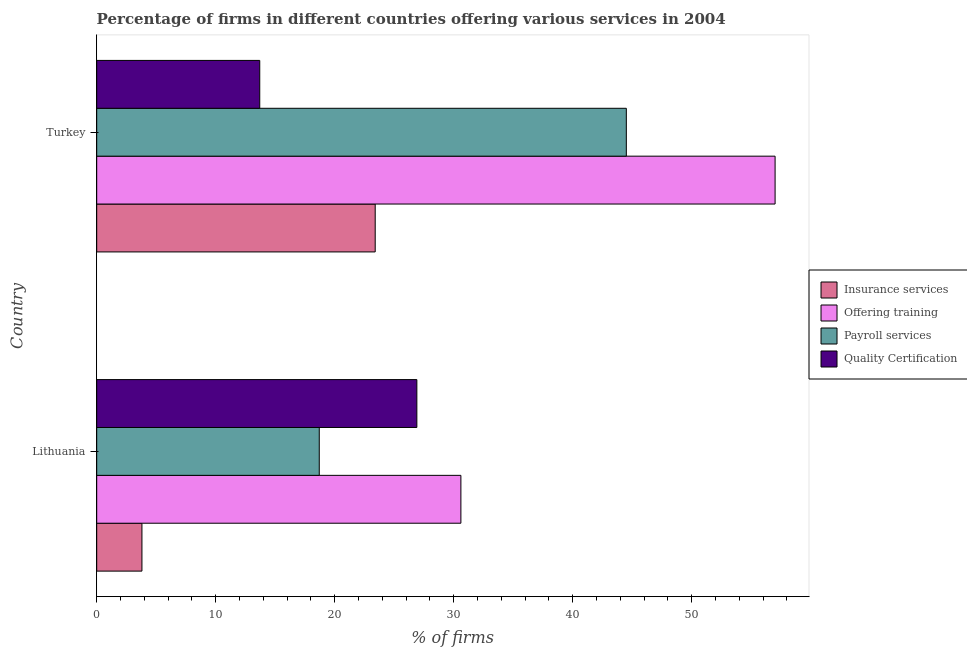
| Country | Insurance services | Offering training | Payroll services | Quality Certification |
 | --- | --- | --- | --- | --- |
 | Lithuania | 3.8 | 30.6 | 18.7 | 26.9 |
 | Turkey | 23.4 | 57 | 44.5 | 13.7 |